画像に写った文字を読んでください
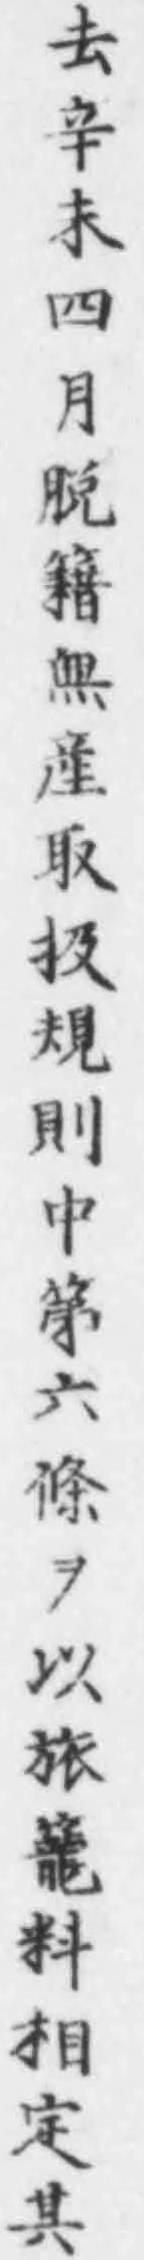
「去辛未四月脱籍無産取扱規則中第六條ヲ以旅籠料相定其」と書いてあります